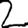
Digit: 2